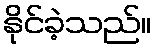
နိုင်ခဲ့သည်။